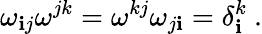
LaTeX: \omega_{\mathbf{i}j}\omega^{jk}=\omega^{kj}\omega_{j\mathbf{i}}=\delta_{\mathbf{i}}^{k}\ .